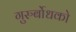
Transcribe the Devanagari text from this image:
गुरुर्बोधको